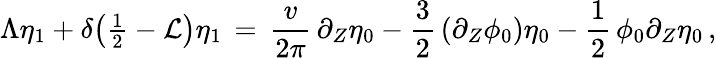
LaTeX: \Lambda\eta_{1}+\delta\bigl({\textstyle\frac 12}-\mathcal{L}\bigr)\eta_{1}\, =\, \frac{v}{2\pi}\, \partial_{Z}\eta_{0}-\frac{3}{2}\, (\partial_{Z}\phi_{0})\eta_{0}-\frac{1}{2}\, \phi_{0}\partial_{Z}\eta_{0}\, ,